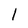
Character: l